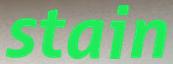
stain